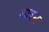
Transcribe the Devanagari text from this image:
श्रावन